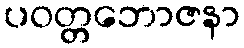
ပဝတ္တဘောဇနာ